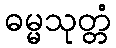
ဓမ္မသုတ္တံ